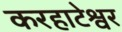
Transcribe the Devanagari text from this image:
करहाटेश्वर